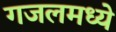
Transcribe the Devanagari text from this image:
गजलमध्ये